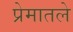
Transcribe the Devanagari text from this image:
प्रेमातले